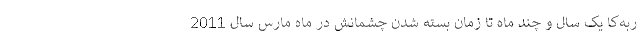
ربه‌کا یک سال و چند ماه تا زمان بسته شدن چشمانش در ماه مارس سال 2011